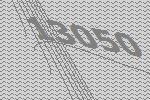
13050